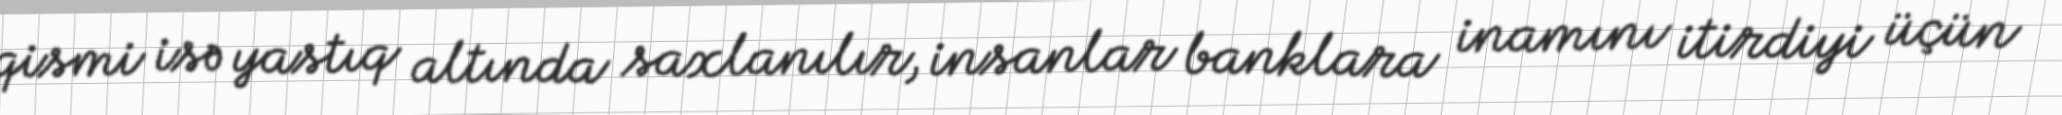
qismi isə yastıq altında saxlanılır, insanlar banklara inamını itirdiyi üçün